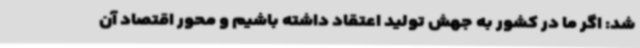
شد: اگر ما در کشور به جهش تولید اعتقاد داشته باشیم و محور اقتصاد آن